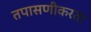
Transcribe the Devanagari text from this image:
तपासणीकरता